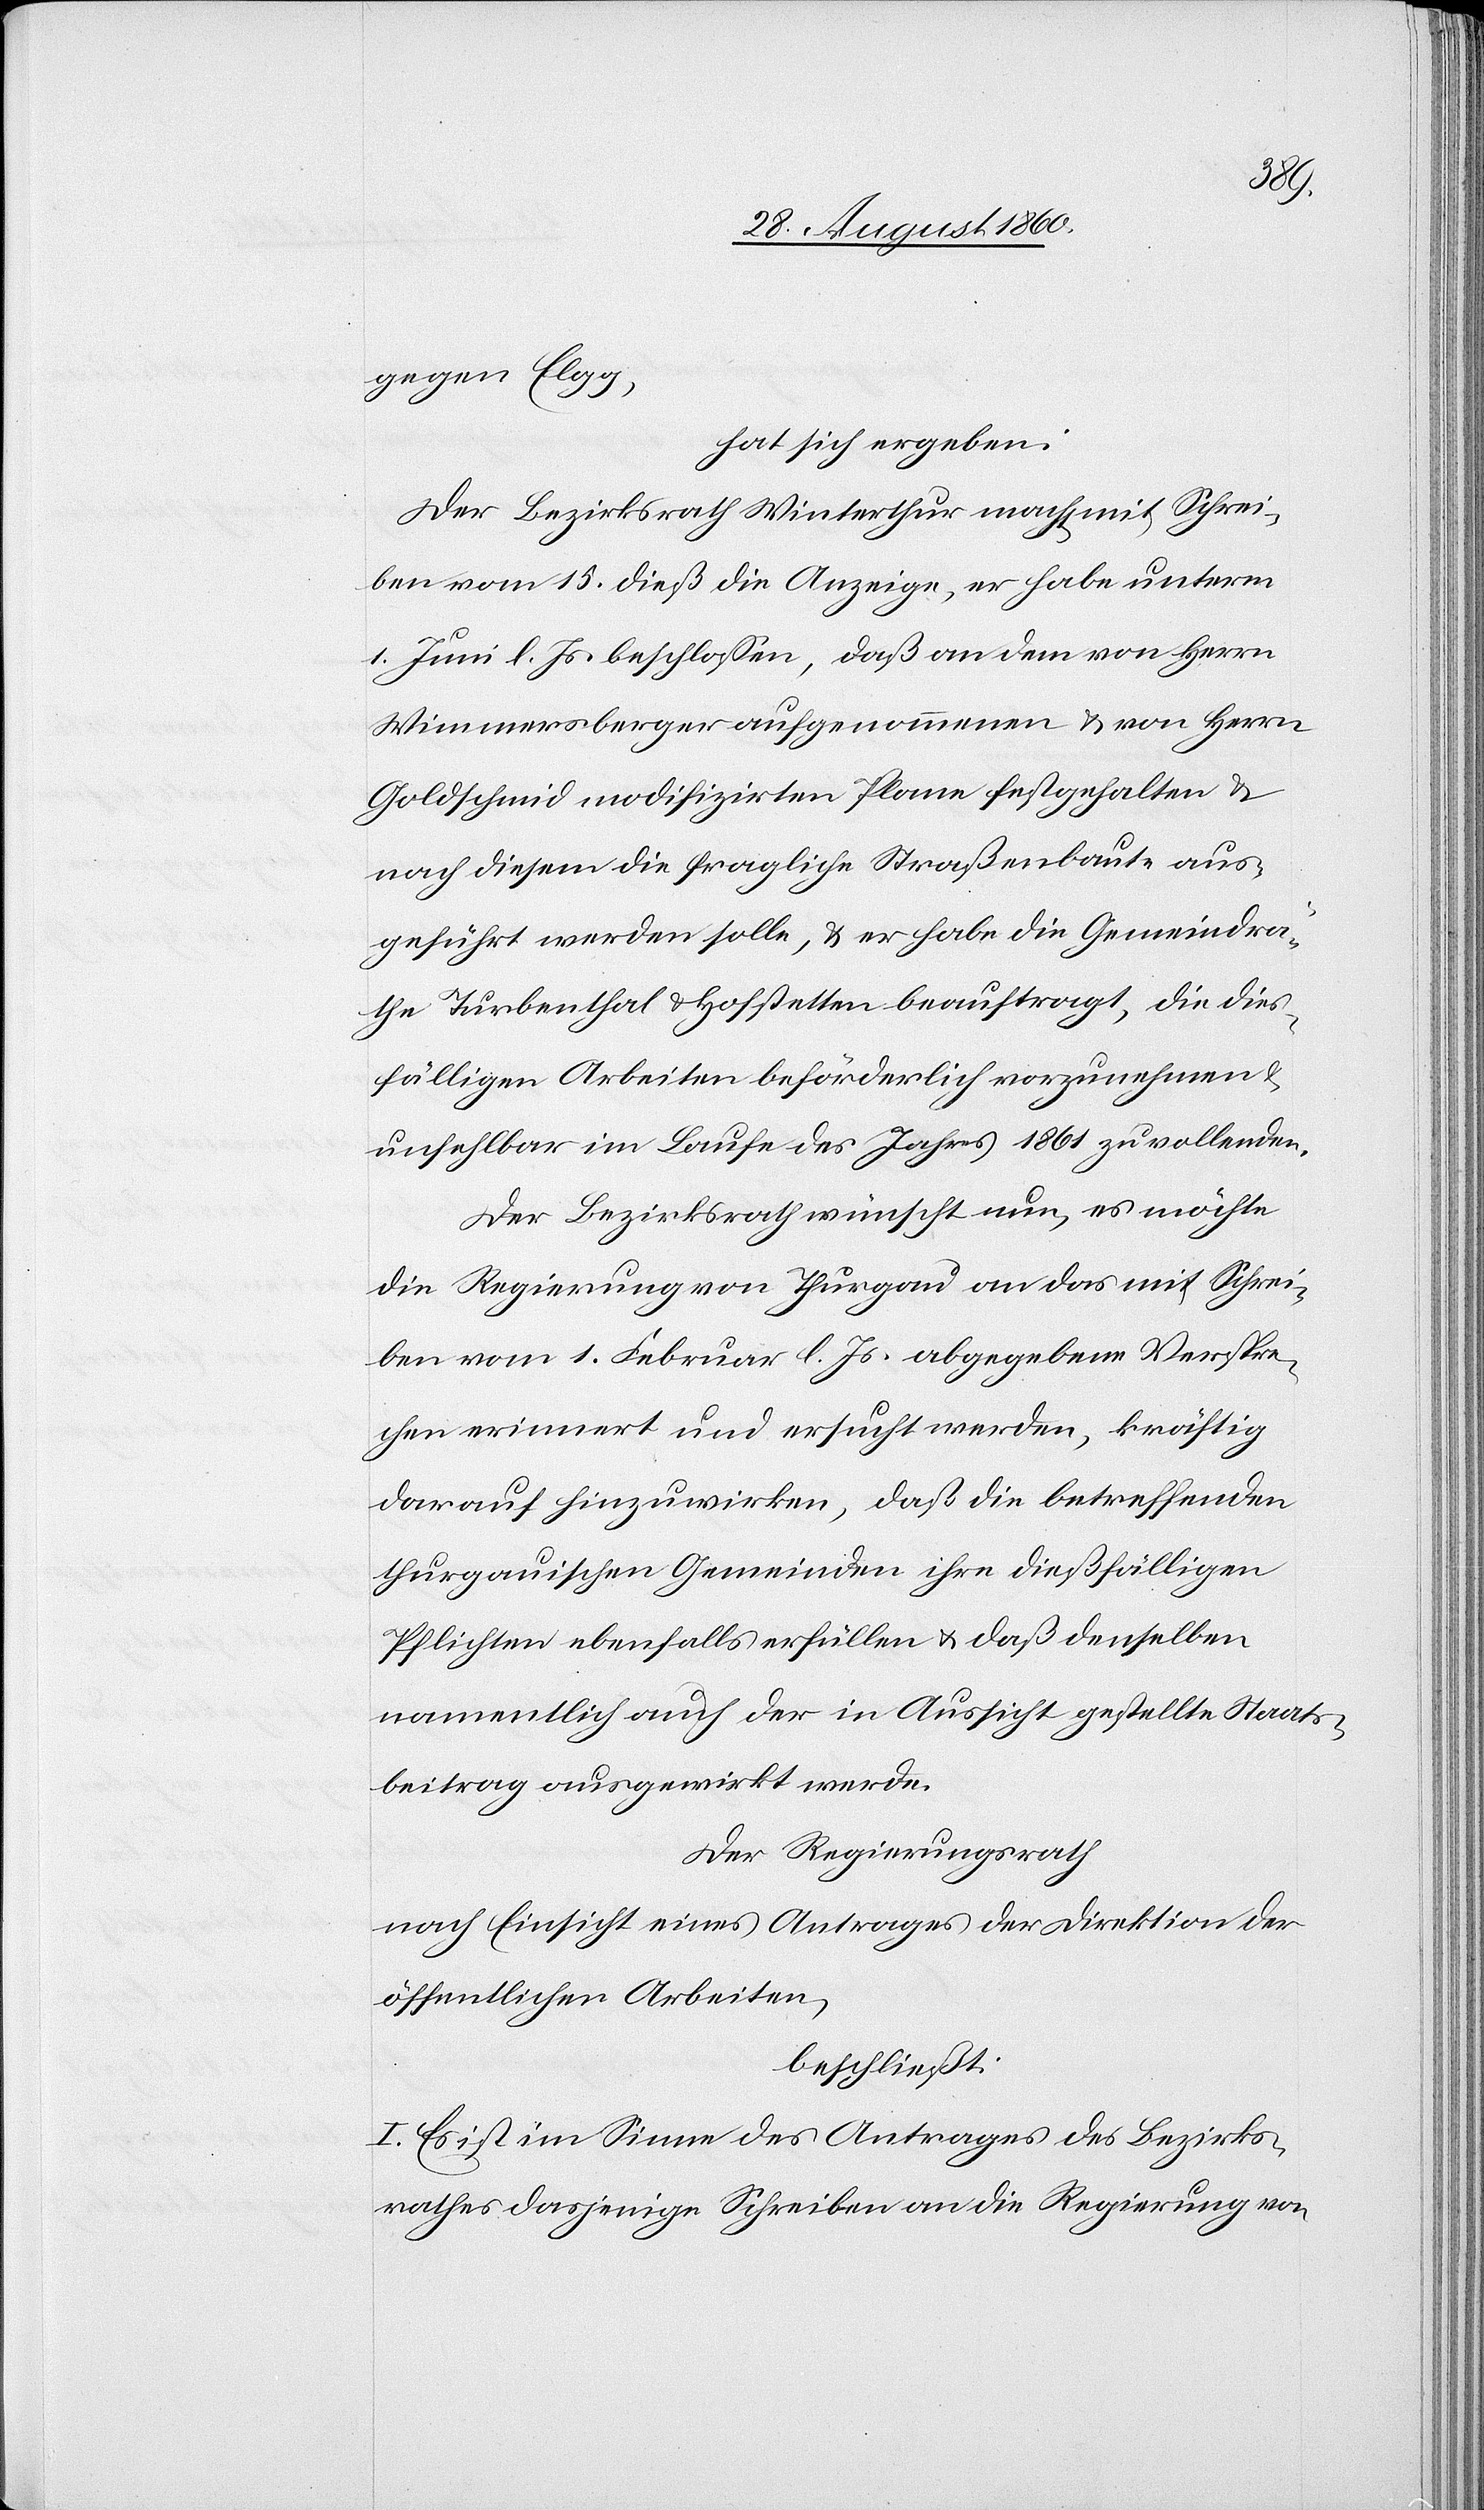
hat sich ergeben:
Der Bezirksrath Winterthur macht mit Schrei¬
ben vom 15. diess die Anzeige, er habe unterm
1. Brachmonat l. Js. beschlossen, dass an dem von Hrn.
Wiemnersberger aufgenommenen u. von Hrn.
Goldschmid modifizirten Plane festgehalten und
nach diesem die fragliche Strassenbaute aus¬
geführt werden solle, u. er habe die Gemeindrä¬
the Turbenthal u. Hofstetten beauftragt, die dies¬
fälligen Arbeiten beförderlich vorzunehmen u.
unfehlbar im Laufe des Jahrs 1861 zu vollenden.
Der Bezirksrath wünscht nun, es möchte
die Regierung von Thurgau an das mit Schrei¬
ben vom 1. Hornung l. Js. abgegebene Verspre¬
chen erinnert und ersucht werden, kräftig
darauf hinzuwirken, dass die betreffenden
thurgauischen Gemeinden ihre diesfälligen
Pflichten ebenfalls erfüllen u. dass denselben
namentlich auch der in Aussicht gestellte Staats¬
beitrag ausgewirkt werde.
Der Regierungsrath,
nach Einsicht eines Antrages der Direktion der
öffentlichen Arbeiten,
beschliesst:
I. Es ist im Sinne des Antrages des Bezirks¬
rathes dasjenige Schreiben an die Regierung von